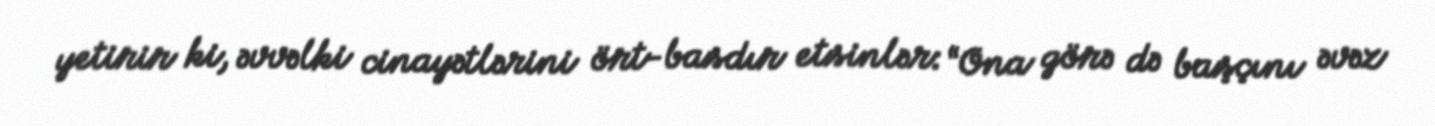
yetirir ki, əvvəlki cinayətlərini ört-basdır etsinlər: “Ona görə də başçını əvəz